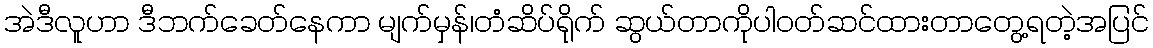
အဲဒီလူဟာ ဒီဘက်ခေတ်နေကာ မျက်မှန်၊တံဆိပ်ရိုက် ဆွယ်တာကိုပါဝတ်ဆင်ထားတာတွေ့ရတဲ့အပြင်